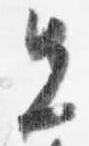
先